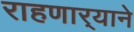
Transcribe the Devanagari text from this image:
राहणार्‍याने